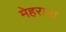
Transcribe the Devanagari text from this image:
मेहराना